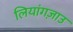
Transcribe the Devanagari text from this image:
लियांगज़ाउ